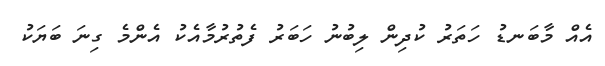
އެއް މާބަނޑު ހަތަރު ކުދިން ލިބުނު ހަބަރު ފެތުރުމާއެކު އެންމެ ގިނަ ބަޔަކު